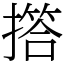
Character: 撘